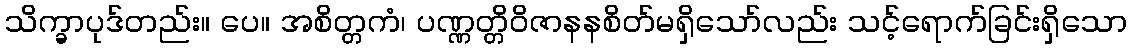
သိက္ခာပုဒ်တည်း။ ပေ။ အစိတ္တကံ၊ ပဏ္ဏတ္တိဝိဇာနနစိတ်မရှိသော်လည်း သင့်ရောက်ခြင်းရှိသော